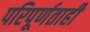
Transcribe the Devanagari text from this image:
परिपूर्णताही